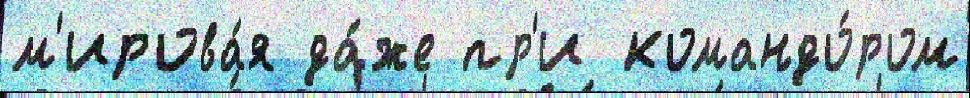
м'ирова́я да́же пр'и командо́ром